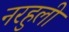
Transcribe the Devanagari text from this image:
नरहुली